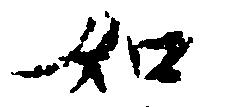
如